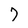
Character: 7